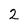
Character: 2